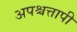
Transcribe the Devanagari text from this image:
अपश्चत्तापी